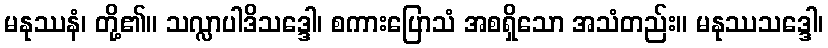
မနုဿနံ၊ တို့၏။ သလ္လာပါဒိသဒ္ဒေါ၊ စကားပြောသံ အစရှိသော အသံတည်း။ မနုဿသဒ္ဒေါ၊